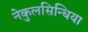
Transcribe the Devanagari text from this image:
नेकुलसिन्धिया